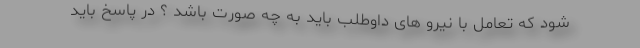
شود که تعامل با نیرو های داوطلب باید به چه صورت باشد ؟ در پاسخ باید